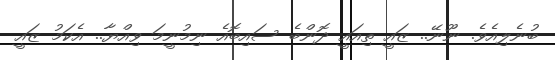
ބުނެލިއެވެ. ނޫނޭ.. ޒައީ ތިއައީ ދޮންބެ ސައިބޮއެ ނިމުނީމަ ވިއްޔާ.. އެކަމު ޒައީ